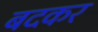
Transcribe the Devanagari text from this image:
बदकर